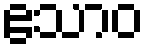
ဧသာဝ